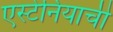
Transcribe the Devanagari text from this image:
एस्टेनियाची